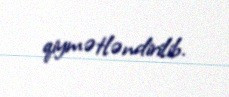
qiymətləndirilib.